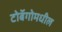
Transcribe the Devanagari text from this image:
टोबॅगोमधील